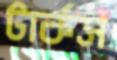
টার্কস